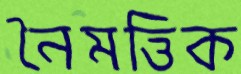
নৈমত্তিক